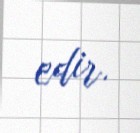
edir.